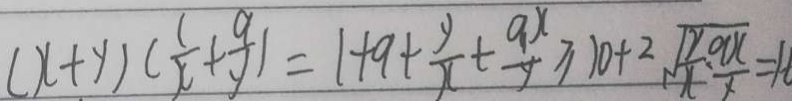
( x + y ) ( \frac { 1 } { x } + \frac { 9 } { x } ) = 1 + 9 + \frac { y } { x } + \frac { 9 x } { y } \geq 1 0 + 2 \sqrt { \frac { y } { x } \cdot \frac { 9 x } { y } } = 1 6